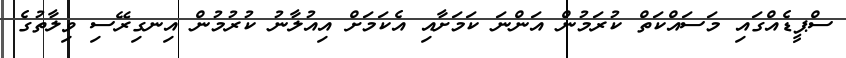
ސްޕީޑެއްގައި މަސައްކަތް ކުރަމުން އަންނަ ކަމަށާއި އެކަމަށް އިއުލާނު ކުރުމުން އިނގިރޭސި ވިލާތުގެ